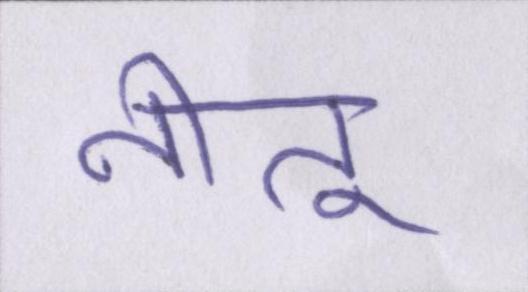
नीतू